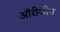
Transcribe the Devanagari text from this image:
ऑरीजीन